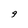
Character: 9